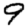
Digit: 9